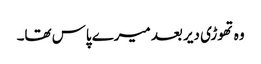
وہ تھوڑی دیر بعد میرے پاس تھا۔